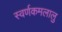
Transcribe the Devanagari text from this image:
स्वर्णकमलालु